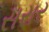
સરાર